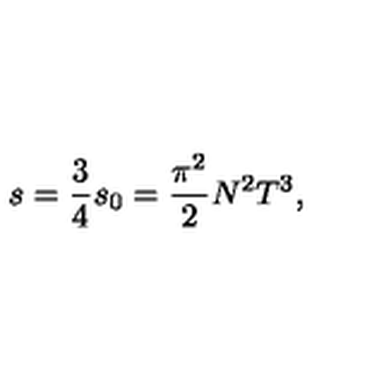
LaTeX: s = \frac 3 4 s _ { 0 } = \frac { \pi ^ { 2 } } 2 N ^ { 2 } T ^ { 3 } ,